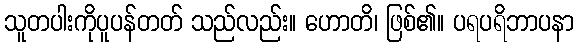
သူတပါးကိုပူပန်တတ် သည်လည်း။ ဟောတိ၊ ဖြစ်၏။ ပရပရိဘာပနာ